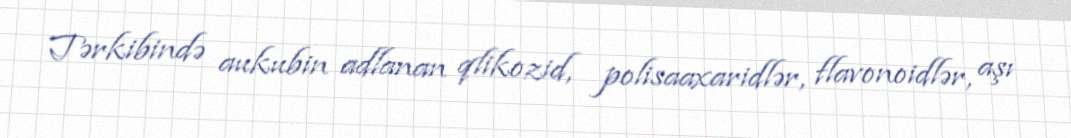
Tərkibində aukubin adlanan qlikozid, polisaaxaridlər, flavonoidlər, aşı